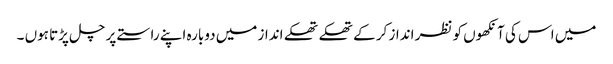
میں اس کی آنکھوں کو نظر انداز کر کے تھکے تھکے انداز میں دوبارہ اپنے راستے پر چل پڑتا ہوں ۔